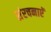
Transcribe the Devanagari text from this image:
संरचनाएॅ